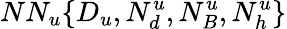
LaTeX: NN_{u}\{ D_{u},N_{d}^{u},N_{B}^{u},N_{h}^{u}\}